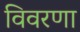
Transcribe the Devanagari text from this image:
विवरणा